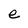
Character: e